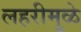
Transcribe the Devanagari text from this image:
लहरीमुळे